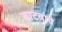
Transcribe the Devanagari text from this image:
बाटवावे